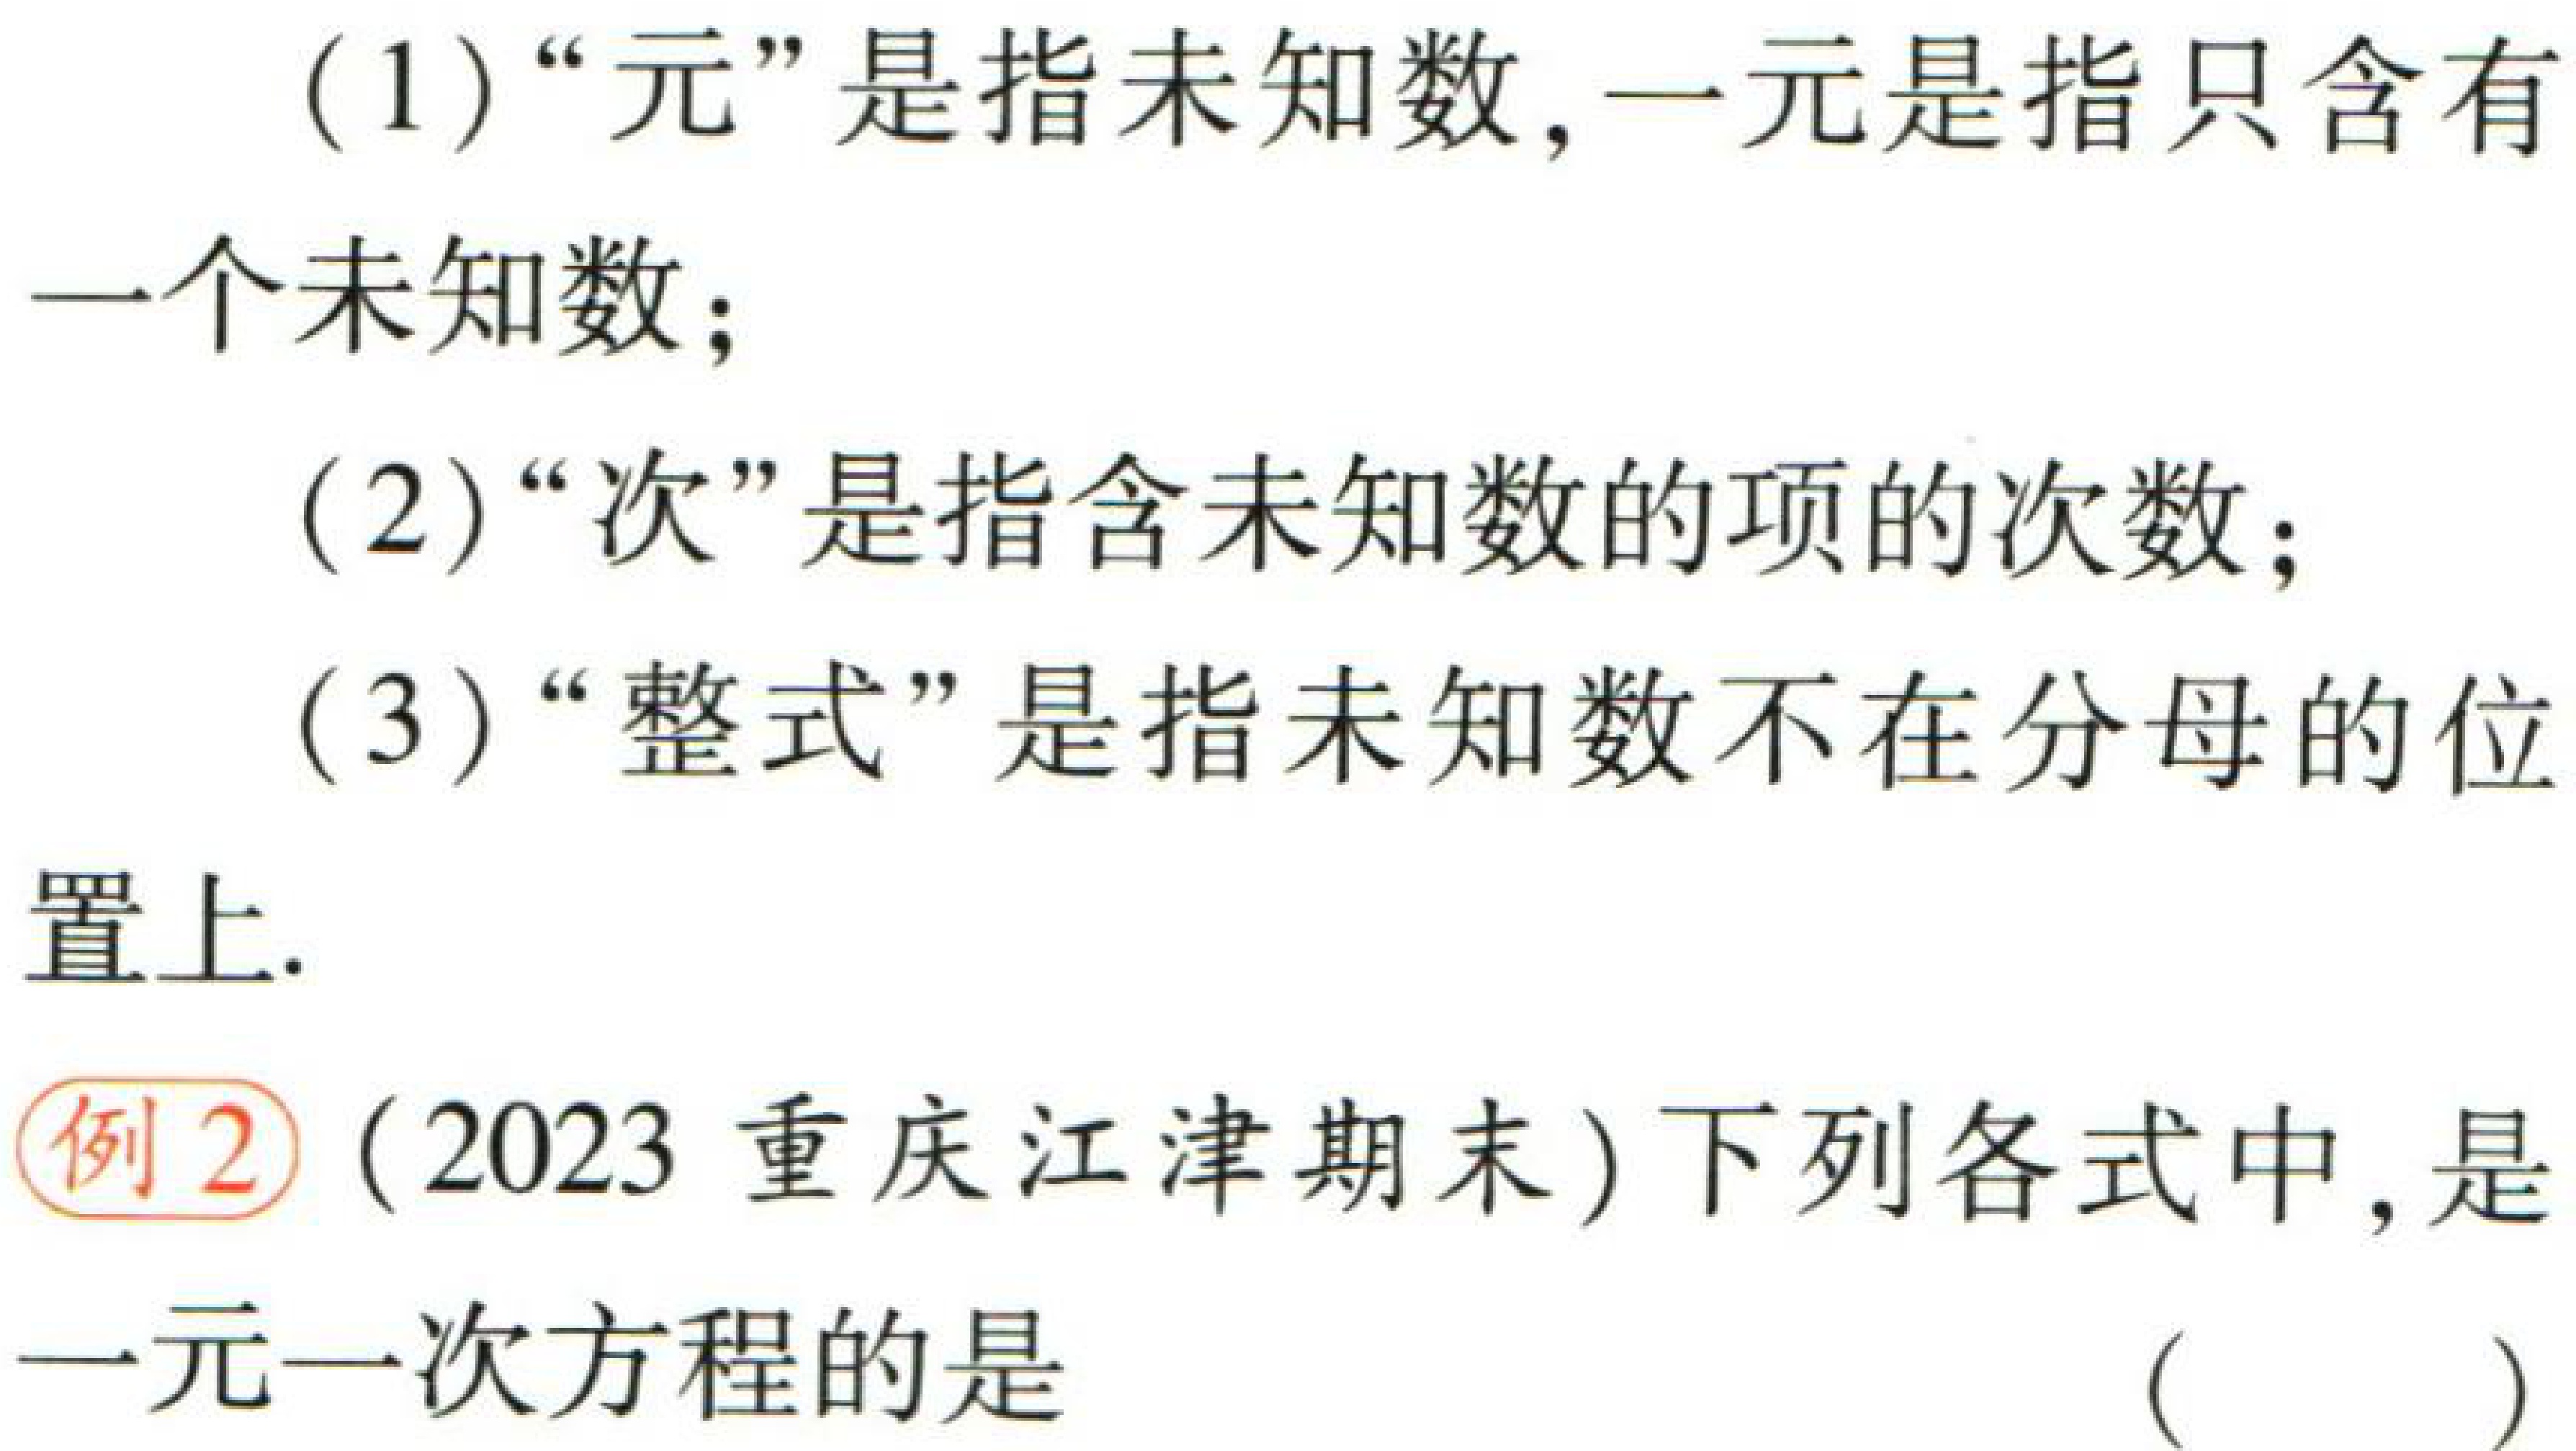
（1）“元”是指未知数，一元是指只含有

一个未知数；

（2）“次”是指含未知数的项的次数；

（3）“整式”是指未知数不在分母的位

置上.

例2（2023 重庆江津期末）下列各式中，是

一元一次方程的是

（  ）